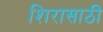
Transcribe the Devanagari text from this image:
शिरासाठी